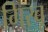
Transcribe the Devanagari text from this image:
गिरवू